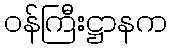
ဝန်ကြီးဋ္ဌာနက